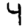
Digit: 4